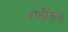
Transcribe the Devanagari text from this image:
शनीकडे